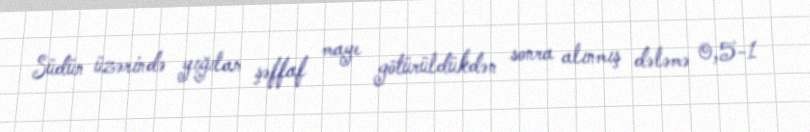
Südün üzərində yığılan şəffaf maye götürüldükdən sonra alınmış dələmə 0,5-1